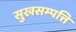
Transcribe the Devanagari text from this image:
सुखसम्पत्ति